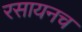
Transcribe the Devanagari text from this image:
रसायनच